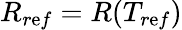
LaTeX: R_{r\mathrm{e}f}=R(T_{r\mathrm{e}f})